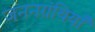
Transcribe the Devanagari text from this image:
जननग्रंथियाँ